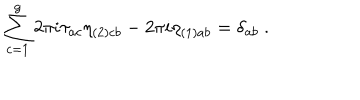
\sum _ { c = 1 } ^ { g } 2 \pi i \tau _ { a c } \eta _ { ( 2 ) c b } - 2 \pi i \eta _ { ( 1 ) a b } = \delta _ { a b } \ .